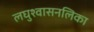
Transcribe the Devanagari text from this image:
लघुश्वासनलिका